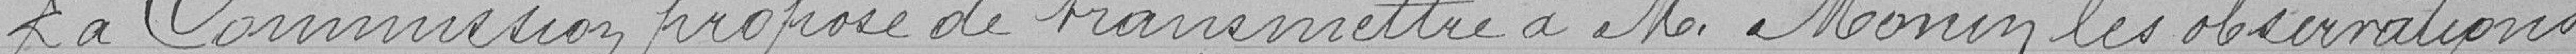
La Commission propose de transmettre à Monsieur MONIN, les observations